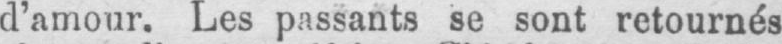
d’amour. Les passants se sont retournés